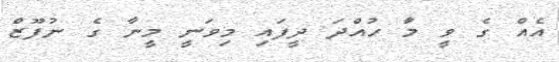
އެއް ގެ ވީ މަާ ހުއްދަ ދީފައި މިވަނީ މީނާ ގެ ނުފޫޒް